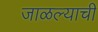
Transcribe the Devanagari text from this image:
जाळल्याची